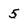
Character: 5